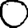
Digit: 0